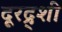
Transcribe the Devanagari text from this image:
दूरद्र्शी